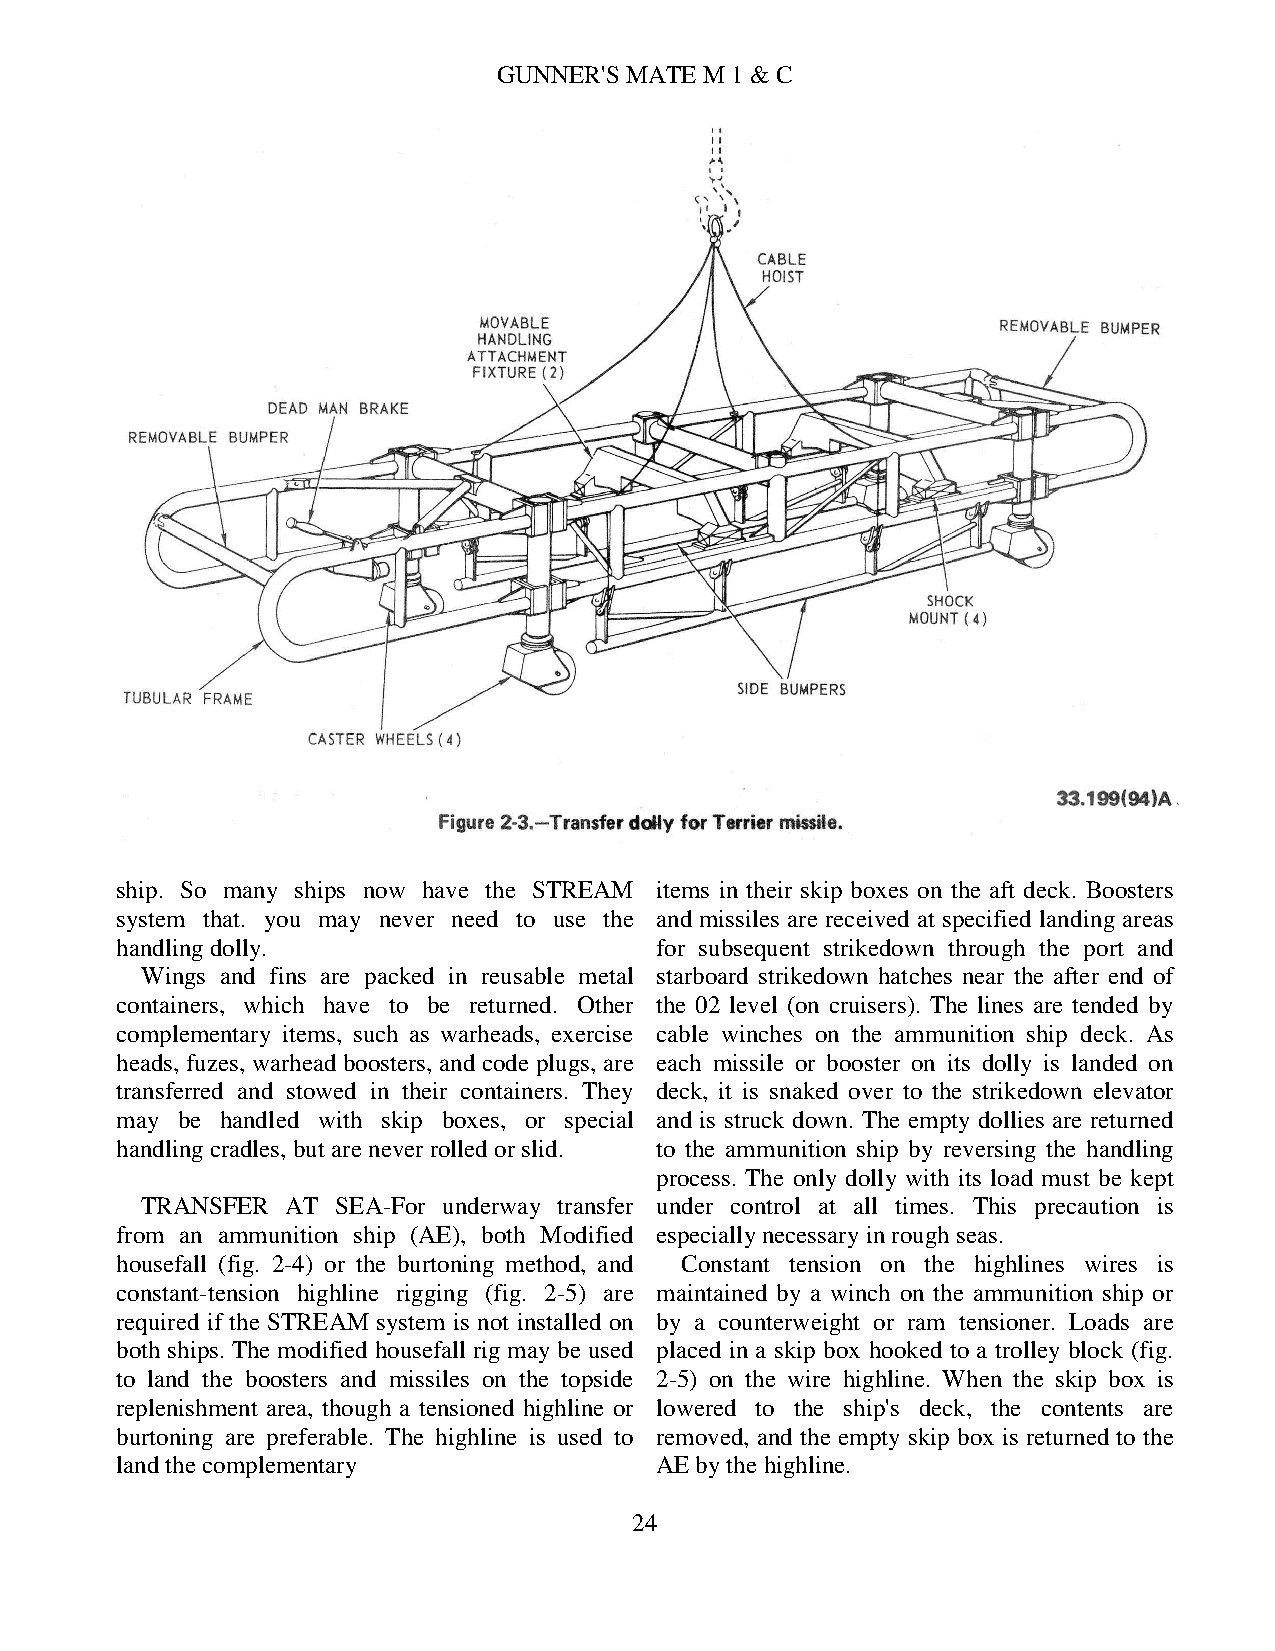
GUNNER'S MATE M 1 & C
 ship. So many ships now have the STREAM items in their skip boxes on the aft deck. Boosters
 system that. you may never need to use the and missiles are received at specified landing areas
 handling dolly.                    for subsequent strikedown through the port and
 Wings and fins are packed in reusable metal starboard strikedown hatches near the after end of
 containers, which have to be returned. Other the 02 level (on cruisers). The lines are tended by
 complementary items, such as warheads, exercise cable winches on the ammunition ship deck. As
 heads, fuzes, warhead boosters, and code plugs, are each missile or booster on its dolly is landed on
 transferred and stowed in their containers. They deck, it is snaked over to the strikedown elevator
 may be handled with skip boxes, or special and is struck down. The empty dollies are returned
 handling cradles, but are never rolled or slid. to the ammunition ship by reversing the handling
 process. The only dolly with its load must be kept
 TRANSFER  AT SEA-For underway transfer under control at all times. This precaution is
 from an ammunition ship (AE), both Modified especially necessary in rough seas.
 housefall (fig. 2-4) or the burtoning method, and Constant tension on the highlines wires is
 constant-tension highline rigging (fig. 2-5) are maintained by a winch on the ammunition ship or
 required if the STREAM system is not installed on by a counterweight or ram tensioner. Loads are
 both ships. The modified housefall rig may be used placed in a skip box hooked to a trolley block (fig.
 to land the boosters and missiles on the topside 2-5) on the wire highline. When the skip box is
 replenishment area, though a tensioned highline or lowered to the ship's deck, the contents are
 burtoning are preferable. The highline is used to removed, and the empty skip box is returned to the
 land the complementary             AE by the highline.
 24